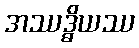
အဿဒ္ဓိယဿ